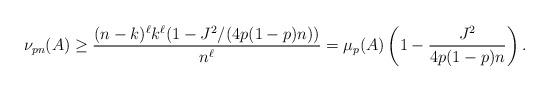
LaTeX: \begin{align*} \nu_{pn}(A) \geq \frac{(n-k)^\ell k^\ell (1-J^2/(4p(1-p)n))}{n^\ell} = \mu_p(A) \left(1 - \frac{J^2}{4p(1-p)n}\right).\end{align*}